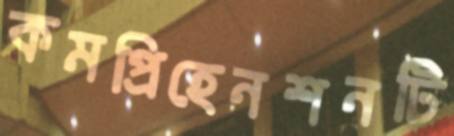
কমপ্রিহেনশনটি